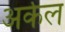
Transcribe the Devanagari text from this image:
अर्कल